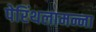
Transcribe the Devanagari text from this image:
पेरिंथलामन्ना